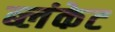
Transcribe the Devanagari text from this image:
ब्लंकेट